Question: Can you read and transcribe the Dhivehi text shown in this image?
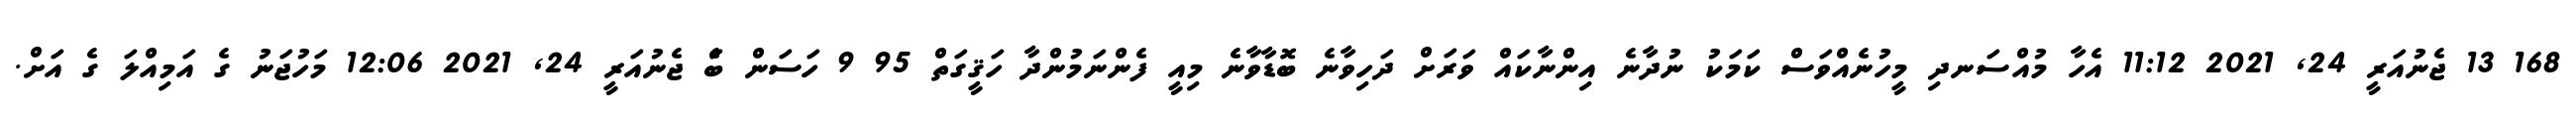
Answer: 168 13 ޖެނުއަރީ 24, 2021 11:12 އެހާ މުއްސަނދި މީހުނެއްވަސް ކަމަކު ނުދާނެ އިންނާކައް ވަރަށް ދަހިވާނެ ބޮޑާވާނެ މިއީ ފެންނަމުންދާ ހަޤީގަތް 95 9 ހަސަން ބަެ ޖެނުއަރީ 24, 2021 12:06 މަހުޖަނު ގެ އަމިއްލަ ގެ އަށް.